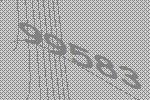
99583